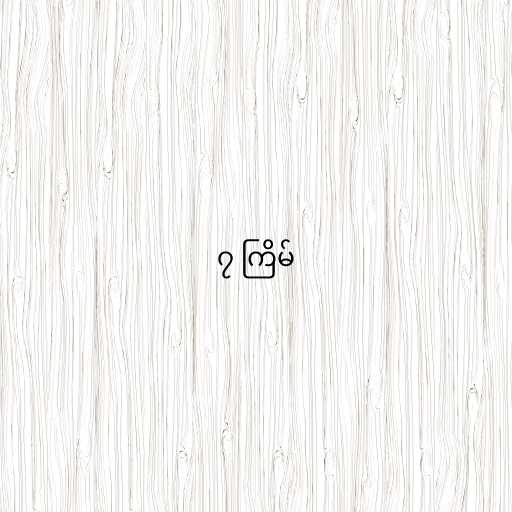
၇ ကြိမ်